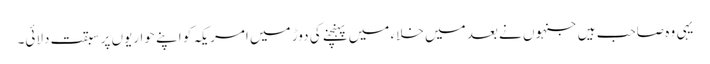
یہی وہ صاحب ہیں جنہوں نے بعد میں خلاء میں پہنچنے کی دوڑ میں امریکہ کو اپنے حواریوں پر سبقت دلائی۔